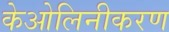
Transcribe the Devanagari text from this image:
केओलिनीकरण